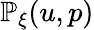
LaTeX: \mathbb{P}_{\xi}(u,p)